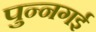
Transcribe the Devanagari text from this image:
पुन्नगई